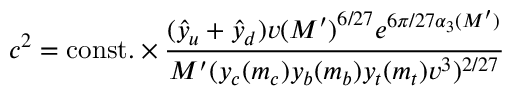
c ^ { 2 } = \mathrm { c o n s t . } \times \frac { ( \hat { y } _ { u } + \hat { y } _ { d } ) v { ( M ^ { \prime } ) } ^ { 6 / 2 7 } e ^ { 6 \pi / 2 7 \alpha _ { 3 } ( M ^ { \prime } ) } } { M ^ { \prime } ( y _ { c } ( m _ { c } ) y _ { b } ( m _ { b } ) y _ { t } ( m _ { t } ) v ^ { 3 } ) ^ { 2 / 2 7 } }